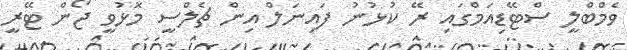
ވެމްބްލީ ސްޓޭޑިއަމްގައި ރޭ ކުޅުނު ފައިނަލް އިން ޗެލްސީ މޮޅުވީ ޖޯން ޓޭރީ